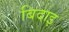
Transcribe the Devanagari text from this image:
बिदाइ